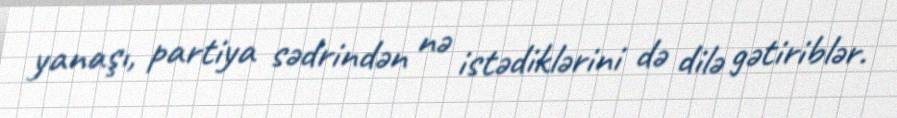
yanaşı, partiya sədrindən nə istədiklərini də dilə gətiriblər.